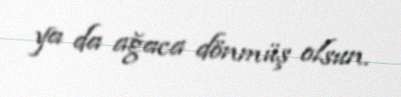
ya da ağaca dönmüş olsun.